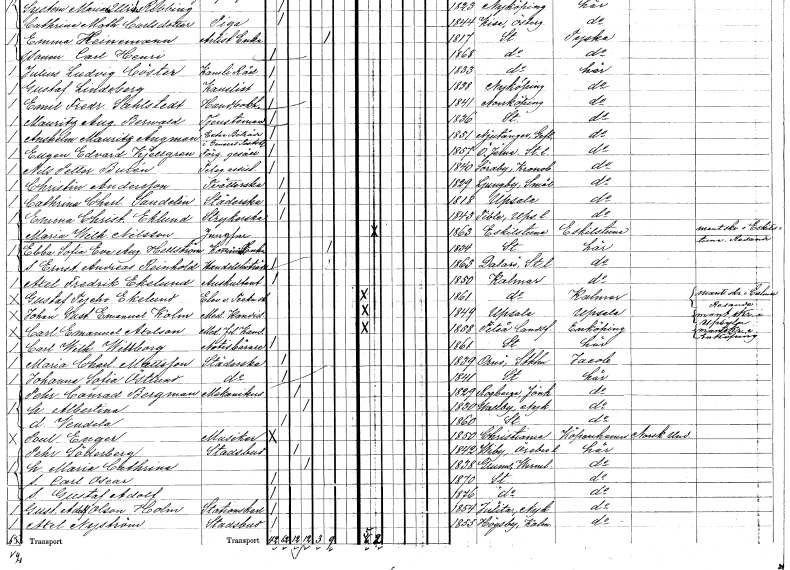
gt_parse: households: individuals: FN: Catrina Charlotta
EN: Sandelin
YRKE: Städerska
KON: K
CIV: O
FODAR: 1818
FODFORS: Uppsala Uppsala län
FN: Emma Christina
EN: Eklund
YRKE: Strykerska
KON: K
CIV: O
FODAR: 1843
FODFORS: Tibble Uppsala län
FN: Maria Wilhelmina
EN: Nilsson
YRKE: Jungfru
KON: K
CIV: O
FODAR: 1863
FODFORS: Eskilstuna Södermanlands län
FN: Ebba Sofia Eva Augusta
EN: Hellström
YRKE: Kommisi.änka
KON: K
CIV: E
FODAR: 1834
FODFORS: Stockholm
FN: Ernst Andreas Reinhold
YRKE: Handelsbiträde
KON: M
CIV: O
FODAR: 1850
FODFORS: Kalmar Kalmar län
FN: Axel Fredrik
EN: Ekelund
YRKE: Auskultant
KON: M
CIV: O
FODAR: 1850
FODFORS: Kalmar Kalmar län
FN: Gustaf Tycho
EN: Ekelund
YRKE: Elev v. Teckn. sk.
KON: M
CIV: O
FODAR: 1861
FODFORS: Kalmar Kalmar län
FN: Johan Gustaf Emanuel
EN: Kolm
YRKE: Medicine kandidat
KON: M
CIV: O
FODAR: 1849
FODFORS: Uppsala Uppsala län
FN: Carl Emanuel
EN: Axelson
YRKE: Medicine fil. Kand.
KON: M
CIV: O
FODAR: 1858
FODFORS: Piteå landsförsamling Norrbottens län
FN: Carl Wilhelm
EN: Willberg
YRKE: Notisbärare
KON: M
CIV: O
FODAR: 1861
FODFORS: Stockholm
FN: Maria Charlotta
EN: Mattsson
YRKE: Städerska
KON: K
CIV: O
FODAR: 1839
FODFORS: Ornö Stockholms län
FN: Johanna Sofia
EN: Östlund
YRKE: Städerska
KON: K
CIV: O
FODAR: 1841
FODFORS: Stockholm
FN: Pehr Conrad
EN: Bergman
YRKE: Mekanikus
KON: M
CIV: G
FODAR: 1829
FODFORS: Rogberga Jönköpings län
FN: Albertina
KON: K
CIV: G
FODAR: 1830
FODFORS: Vallby Södermanlands län
FN: Vendela
KON: K
CIV: O
FODAR: 1860
FODFORS: Stockholm
FN: Paul
EN: Euger
YRKE: Musiker
KON: M
CIV: O
FODAR: 1850
FN: Pehr
EN: Söderberg
YRKE: Stadsbud
KON: M
CIV: G
FODAR: 1842
FODFORS: Viby Örebro län
FN: Maria Cathrina
KON: K
CIV: G
FODAR: 1838
FODFORS: Grums Värmlands län
FN: Carl Oscar
KON: M
CIV: O
FODAR: 1870
FODFORS: Stockholm
FN: Gustaf Adolf
KON: M
CIV: O
FODAR: 1876
FODFORS: Stockholm
FN: Gustaf Adolf
EN: Olson Holm
YRKE: Stationskarl
KON: M
CIV: O
FODAR: 1854
FODFORS: Julita Södermanlands län
FN: Axel
EN: Nyström
YRKE: Stadsbud
KON: M
CIV: O
FODAR: 1855
FODFORS: Högsby Kalmar län